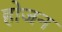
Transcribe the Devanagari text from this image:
होजन